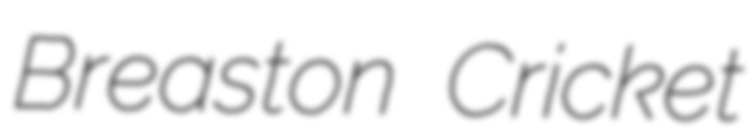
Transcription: Breaston Cricket